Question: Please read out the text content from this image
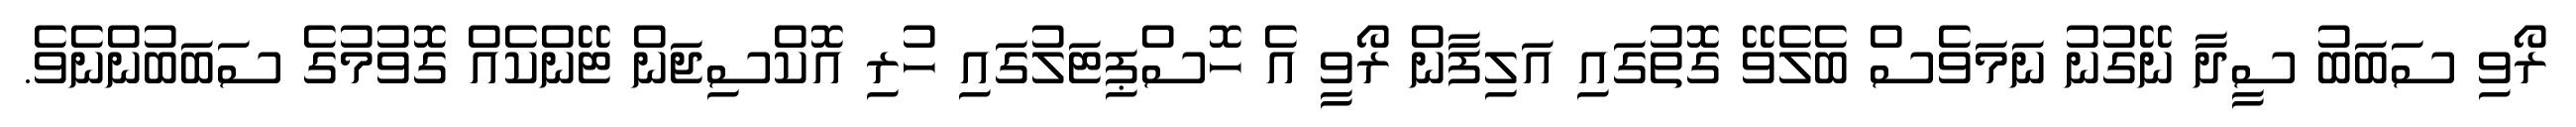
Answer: ރޯވި ސަބަބު ސީދާ ނޭގުނު ނަމަވެސް ބެލެވޭ ގޮތުގައި އަލިފާން ރޯވީ އެ ހޮސްޕިޓަލުގައި ހުރި އޮކްސިޖަން ޓޭންކެއް ގޮވުމުގެ ސަބަބުންނެވެ.